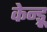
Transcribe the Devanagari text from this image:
केन्ड्रू